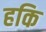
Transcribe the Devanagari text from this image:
हकि